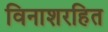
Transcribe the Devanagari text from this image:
विनाशरहित